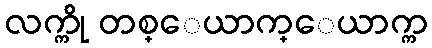
လက္ကို တစ္ေယာက္ေယာက္က